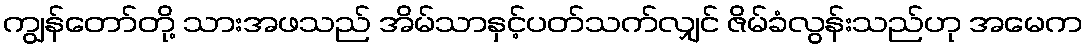
ကျွန်တော်တို့ သားအဖသည် အိမ်သာနှင့်ပတ်သက်လျှင် ဇိမ်ခံလွန်းသည်ဟု အမေက